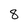
Character: 8